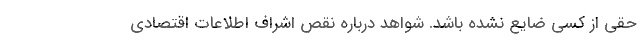
حقی از کسی ضایع نشده باشد. شواهد درباره نقص اشراف اطلاعات اقتصادی